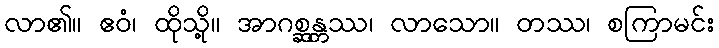
လာ၏။ ဧဝံ၊ ထိုသို့။ အာဂစ္ဆန္တဿ၊ လာသော။ တဿ၊ စကြာမင်း